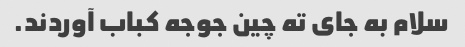
سلام به جای ته چین جوجه کباب آوردند.